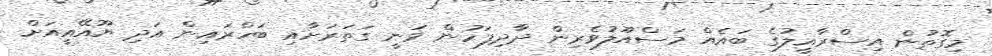
މިގޮތުން އިސްރާއީލުގެ ބައެއް މަސްއޫލުވެރިން ދާދިފަހުން ވަނީ ގަތަރަށާއި ބަހްރައިން އަދި ޔޫއޭއީއަށް